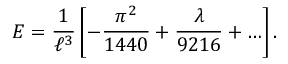
{ \cal E } = \frac { 1 } { \ell ^ { 3 } } \left[ - \frac { \pi ^ { 2 } } { 1 4 4 0 } + \frac { \lambda } { 9 2 1 6 } + \ldots \right] .